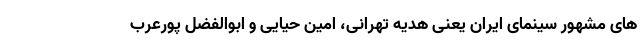
های مشهور سینمای ایران یعنی هدیه تهرانی، امین حیایی و ابوالفضل پورعرب